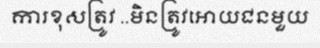
ការខុសត្រូវ ..មិនត្រូវអោយជនមួយ